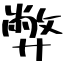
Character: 弊